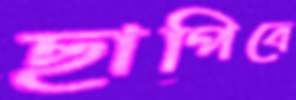
ছাপিবে